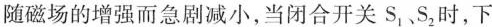
随磁场的增强而急剧减小，当闭合开关S_{1}、S_{2}时，下